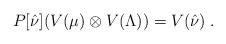
LaTeX: \begin{align*}P[\hat{\nu}] (V(\mu)\otimes V(\Lambda))=V(\hat{\nu})\;.\end{align*}